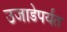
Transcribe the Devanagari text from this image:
उजाडेपर्यंत